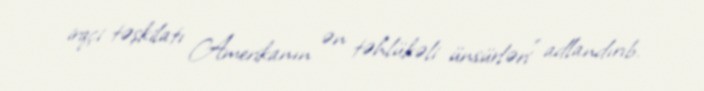
irqçi təşkilatı Amerikanın ən təhlükəli ünsürləri” adlandırıb.